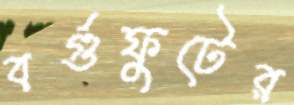
বর্গুফুটের